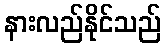
နားလည်နိုင်သည်